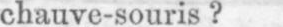
chauve-souris?